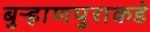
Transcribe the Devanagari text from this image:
बुऱ्हाणपुराकडे